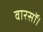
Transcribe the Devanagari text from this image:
वारसॉ।